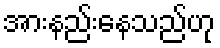
အားနည်းနေသည်ဟု